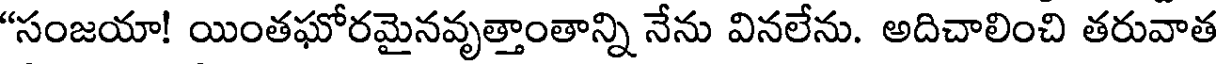
"సంజయా! యింతఘోరమైనవృత్తాంతాన్ని నేను వినలేను. అదిచాలించి తరువాత